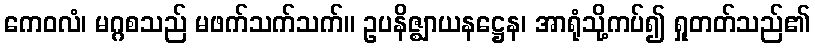
ကေဝလံ၊ မဂ္ဂစသည် မဖက်သက်သက်။ ဥပနိဇ္ဈာယနဋ္ဌေန၊ အာရုံသို့ကပ်၍ ရှုတတ်သည်၏